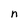
Character: n